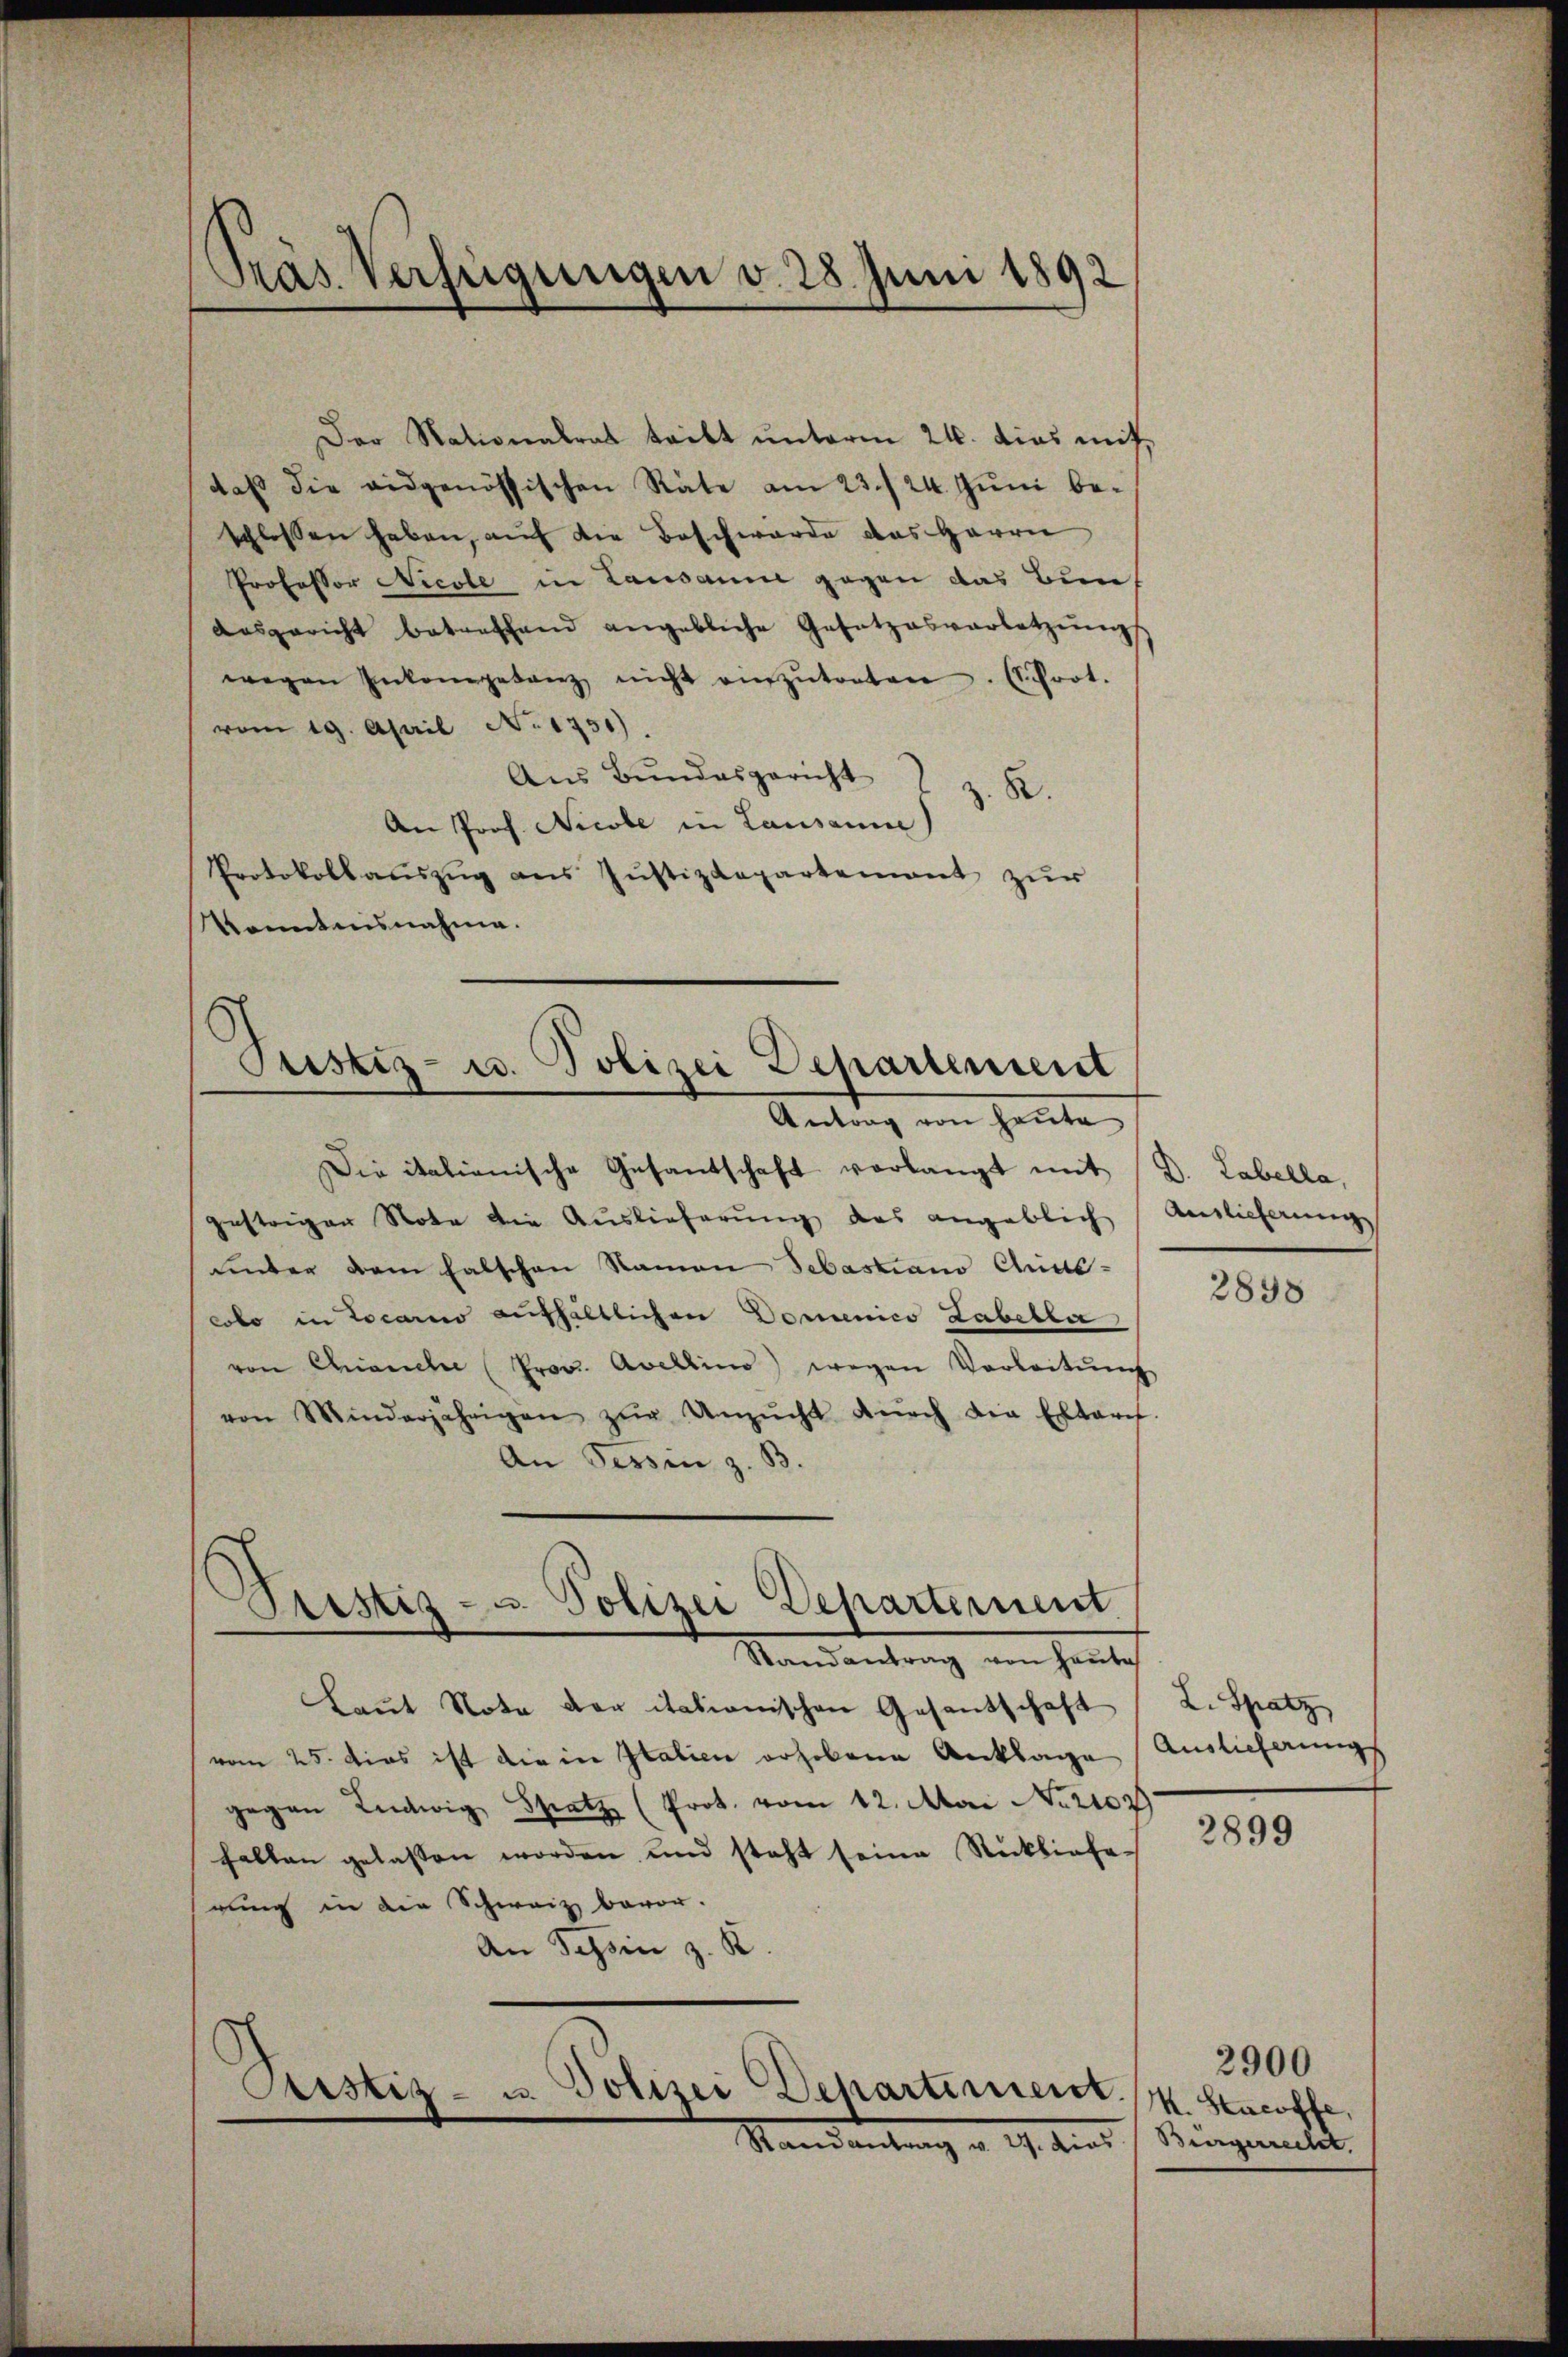
Präs. Verfügungen v. 28. Juni 1892

Der Nationalrat teilt unterm 24. dies mit
daß die eidgenössischen Räte am 23./24. Juni beschlossen haben, auf die Beschwerde das Herrn
Professor Nicole in Lausanne gegen das Bun
aasgericht betreffend angebliche Gesetzesvorletzŭng
wegen Inkompetanz nicht anzŭtreten. (Schrot.
vom 19. April No 1751)
Aŭs Bŭndesgericht I z. B.
An Prof. Nicobe in Lausanne)
Protokollaŭszŭg ans Justizdepartement zŭr
Kenntnisnahme.

Justiz- u. Polizei Departement

Die italienische Gesantschaft vorlangt mit (D. Labella,
gestriger Note die Auslieferŭng das angeblich Auslieferunge
unter dem falschen Namen Sebastiano Chine-
colo in Locarno enthältlichen Domenico Labelle
von Chianche (Prov. Avellino) wegen Vorbeitŭng
von Minderjährigen zŭr Unzŭcht dŭrch die Extari
An Tessin z. B.

Kristiz- u. Polizei Departement

Justiz-

u. Polizei Departiment

Antrag von heute

Randantrag von heute
kant Nota der italionischen Gesandschaft
vom 25. Das ist die in Italien erhobene Anklage
gegen Ludwig Spatz (Prot. vom 12. Man No 2103
halten gelassen worden und steht seine Stickliefe
rung in die Schweiz bevor.
An Schön z. R.

Standantung d. 19. die

2898

L. Spatz
Auslieferung

2899

K. Stacoffe,
Bürgerrecht.

2900